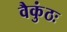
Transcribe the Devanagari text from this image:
वैकुंठः